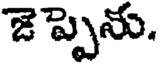
జె ప్పెను.